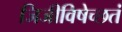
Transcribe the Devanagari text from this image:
जिजीविषेच्छतं